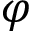
\varphi